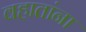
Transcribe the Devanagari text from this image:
वहातांना